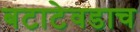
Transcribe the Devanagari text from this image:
बटाटेवडाच